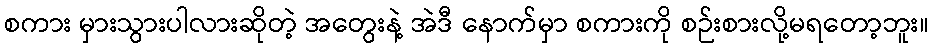
စကား မှားသွားပါလားဆိုတဲ့ အတွေးနဲ့ အဲဒီ နောက်မှာ စကားကို စဉ်းစားလို့မရတော့ဘူး။